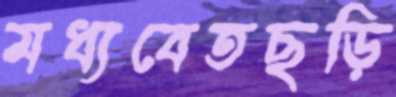
মধ্যবেতছড়ি